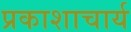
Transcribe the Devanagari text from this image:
प्रकाशाचार्य